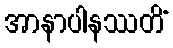
အာနာပါနဿတိံ